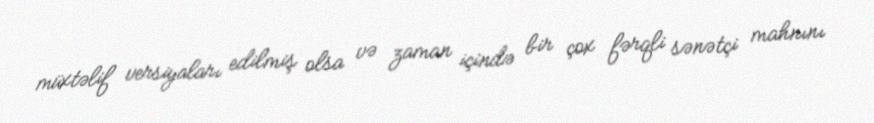
müxtəlif versiyaları edilmiş olsa və zaman içində bir çox fərqli sənətçi mahnını